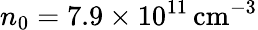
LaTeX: n_{0}=7.9\times 10^{11}\, \mathrm{cm}^{-3}